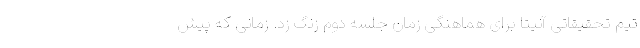
تیم تحقیقاتی آنیتا برای هماهنگی زمان جلسه دوم زنگ زد. زمانی که پیش